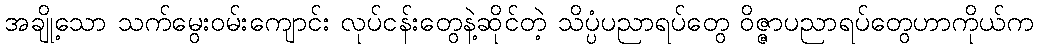
အချို့သော သက်မွေးဝမ်းကျောင်း လုပ်ငန်းတွေနဲ့ဆိုင်တဲ့ သိပ္ပံပညာရပ်တွေ ဝိဇ္ဇာပညာရပ်တွေဟာကိုယ်က